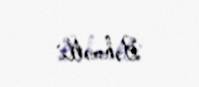
Bəhmətli